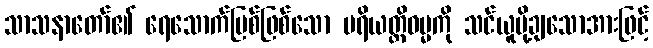
သာသနာတော်၏ ရေသောက်မြစ်ဖြစ်သော ပရိယတ္တိဓမ္မကို သင်ယူပို့ချသောအားဖြင့်